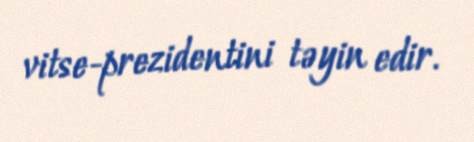
vitse-prezidentini təyin edir.